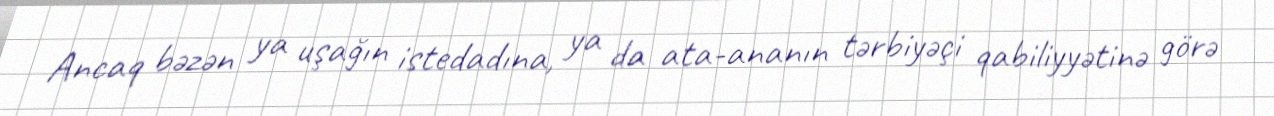
Ancaq bəzən ya uşağın istedadına, ya da ata-ananın tərbiyəçi qabiliyyətinə görə